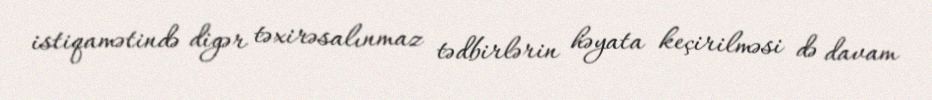
istiqamətində digər təxirəsalınmaz tədbirlərin həyata keçirilməsi də davam